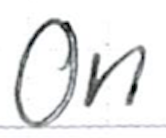
Text: On
Cross-out: clean
Writing tool: ballpoint